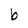
Character: b